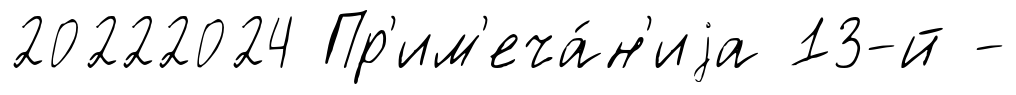
20222024 Пр'им'еча́н'иjа 13-й -